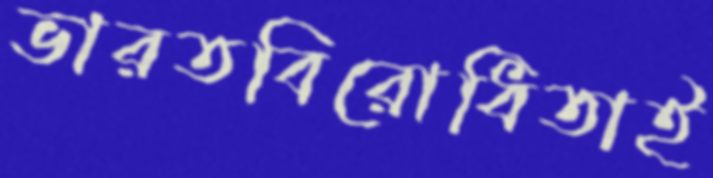
ভারতবিরোধিতাই